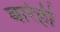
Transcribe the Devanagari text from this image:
बारेही